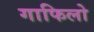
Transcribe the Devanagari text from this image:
गाफिलो